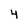
Character: 4